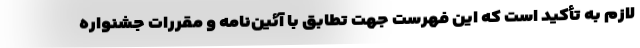
لازم به تأکید است که این فهرست جهت تطابق با آئین‌نامه و مقررات جشنواره